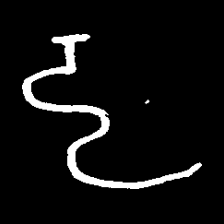
Pyu character \u2014 Myanmar letter: ဠ (romanized: lla)